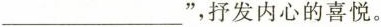
___”，抒发内心的喜悦。